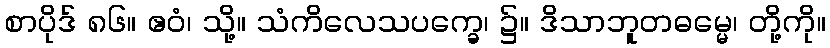
စာပိုဒ် ၈၆။ ဧဝံ၊ သို့။ သံကိလေသပက္ခေ၊ ၌။ ဒိသာဘူတဓမ္မေ၊ တို့ကို။